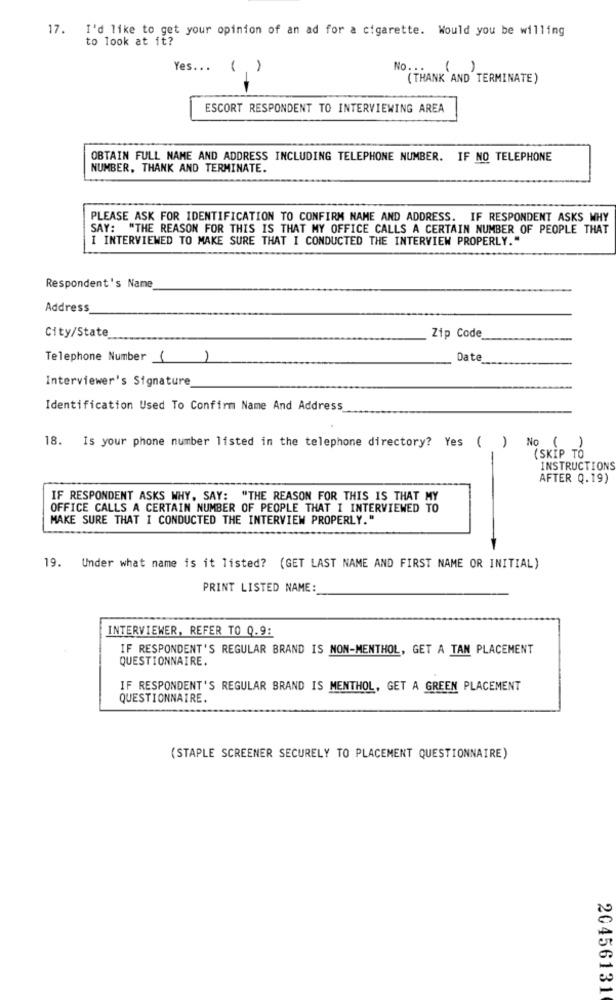
17. I'd like to get your opinion of an ad for a cigarette. Would you be willing
to look at it?
Yes ...
()
No ...
()
(THANK AND TERMINATE)
ESCORT RESPONDENT TO INTERVIEWING AREA
OBTAIN FULL NAME AND ADDRESS INCLUDING TELEPHONE NUMBER. IF NO TELEPHONE
NUMBER, THANK AND TERMINATE.
PLEASE ASK FOR IDENTIFICATION TO CONFIRM NAME AND ADDRESS. IF RESPONDENT ASKS WHY
SAY: "THE REASON FOR THIS IS THAT MY OFFICE CALLS A CERTAIN NUMBER OF PEOPLE THAT
I INTERVIEWED TO MAKE SURE THAT I CONDUCTED THE INTERVIEW PROPERLY."
Respondent's Name
Address
City/State
Zip Code
Telephone Number (
Date
Interviewer's Signature
Identification Used To Confirm Name And Address
18.
Is your phone number listed in the telephone directory? Yes ( )
()
(SKIP TO
INSTRUCTIONS
AFTER Q.19)
IF RESPONDENT ASKS WHY, SAY: "THE REASON FOR THIS IS THAT MY
OFFICE CALLS A CERTAIN NUMBER OF PEOPLE THAT I INTERVIEWED TO
MAKE SURE THAT I CONDUCTED THE INTERVIEW PROPERLY."
19. Under what name is it listed? (GET LAST NAME AND FIRST NAME OR INITIAL)
PRINT LISTED NAME:
INTERVIEWER, REFER TO Q.9:
IF RESPONDENT'S REGULAR BRAND IS NON-MENTHOL, GET A TAN PLACEMENT
QUESTIONNAIRE.
IF RESPONDENT'S REGULAR BRAND IS MENTHOL, GET A GREEN PLACEMENT
QUESTIONNAIRE.
(STAPLE SCREENER SECURELY TO PLACEMENT QUESTIONNAIRE)
20456131